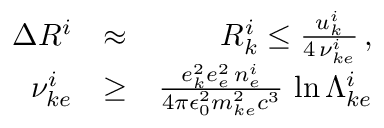
\begin{array} { r l r } { \Delta R ^ { i } } & { \approx } & { { \cal R } _ { k } ^ { i } \le \frac { u _ { k } ^ { i } } { 4 \, \nu _ { k e } ^ { i } } \, , } \\ { \nu _ { k e } ^ { i } } & { \ge } & { \frac { e _ { k } ^ { 2 } e _ { e } ^ { 2 } \, n _ { e } ^ { i } } { 4 \pi \epsilon _ { 0 } ^ { 2 } m _ { k e } ^ { 2 } c ^ { 3 } } \, \ln \Lambda _ { k e } ^ { i } } \end{array}